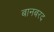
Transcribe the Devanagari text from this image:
बानबरद